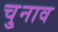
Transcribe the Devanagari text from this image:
चु्नाव